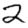
Digit: 2